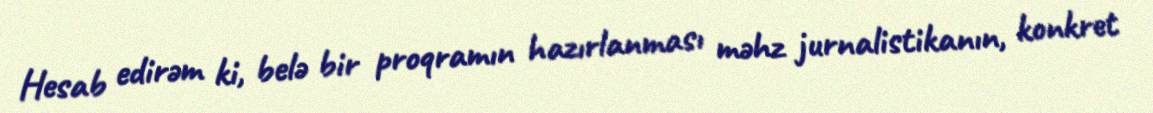
Hesab edirəm ki, belə bir proqramın hazırlanması məhz jurnalistikanın, konkret